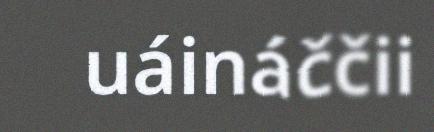
uáináččii